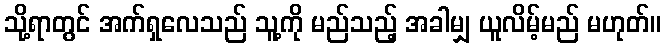
သို့ရာတွင် အက်ရှလေသည် သူ့ကို မည်သည့် အခါမျှ ယူလိမ့်မည် မဟုတ်။